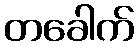
တခေါက်